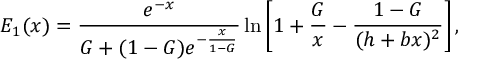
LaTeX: E _ { 1 } ( x ) = { \frac { e ^ { - x } } { G + ( 1 - G ) e ^ { - { \frac { x } { 1 - G } } } } } \ln \left[ 1 + { \frac { G } { x } } - { \frac { 1 - G } { ( h + b x ) ^ { 2 } } } \right] ,